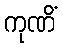
ကုဏိံ